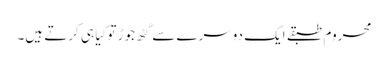
محروم طبقے ایک دوسرے سے گٹھ جوڑ تو کِیا ہی کرتے ہیں۔